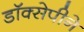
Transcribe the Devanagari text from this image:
डॉक्सेपीने